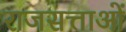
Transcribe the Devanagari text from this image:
राजसत्ताओं